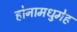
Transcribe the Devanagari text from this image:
होनामधुमेह